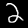
Label: 2